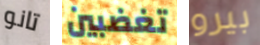
تانو تغضبين بيرو